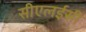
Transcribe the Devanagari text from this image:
सीएलईसी